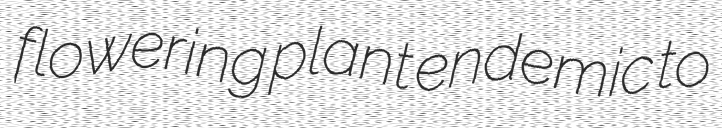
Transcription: flowering plant endemic to